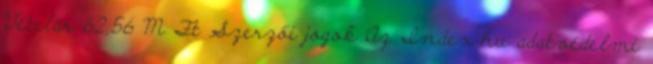
Vételár 62,56 M Ft Szerzői jogok Az Index.hu adatvédelmi